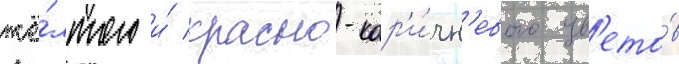
жё́лтого и́ красно-кор'и́чн'евого цв'ето́в